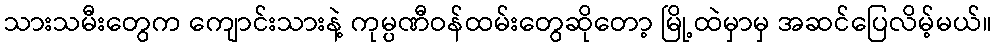
သားသမီးတွေက ကျောင်းသားနဲ့ ကုမ္ပဏီဝန်ထမ်းတွေဆိုတော့ မြို့ထဲမှာမှ အဆင်ပြေလိမ့်မယ်။